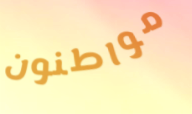
مواطنون